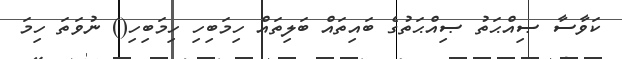
ކަވާސާ ޞިއްޙަތު ޞިއްޙަތުގެ ބައިތައް ބަލިތައް ހިމަބިހި ހިމަބިހި() ނުވަތަ ހިމަ